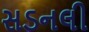
સડનલી